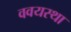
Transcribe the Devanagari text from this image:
ववयस्था